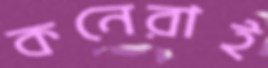
কনেরাই